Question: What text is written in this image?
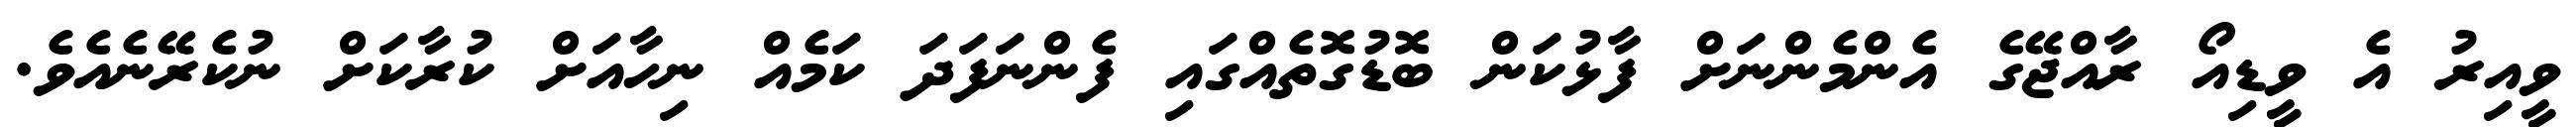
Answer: ވީއިރު އެ ވީޑިއޯ ރާއްޖޭގެ އެންމެންނަށް ފާޅުކަން ބޮޑުގޮތެއްގައި ފެންނަފަދަ ކަމެއް ނިހާއަށް ކުރާކަށް ނުކެރޭނެއެވެ.